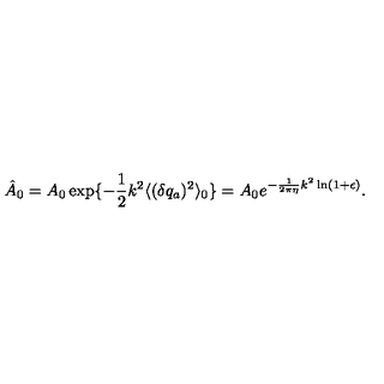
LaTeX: \hat { A } _ { 0 } = A _ { 0 } \exp \{ - \frac { 1 } { 2 } k ^ { 2 } \langle ( \delta q _ { a } ) ^ { 2 } \rangle _ { 0 } \} = A _ { 0 } e ^ { - \frac { 1 } { 2 \pi \eta } k ^ { 2 } \ln ( 1 + \epsilon ) } .